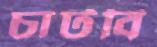
চাটবি